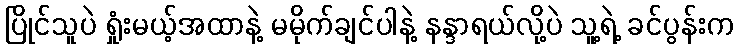
ပြိုင်သူပဲ ရှုံးမယ့်အထာနဲ့ မမိုက်ချင်ပါနဲ့ နန္ဒာရယ်လို့ပဲ သူ့ရဲ့ ခင်ပွန်းက